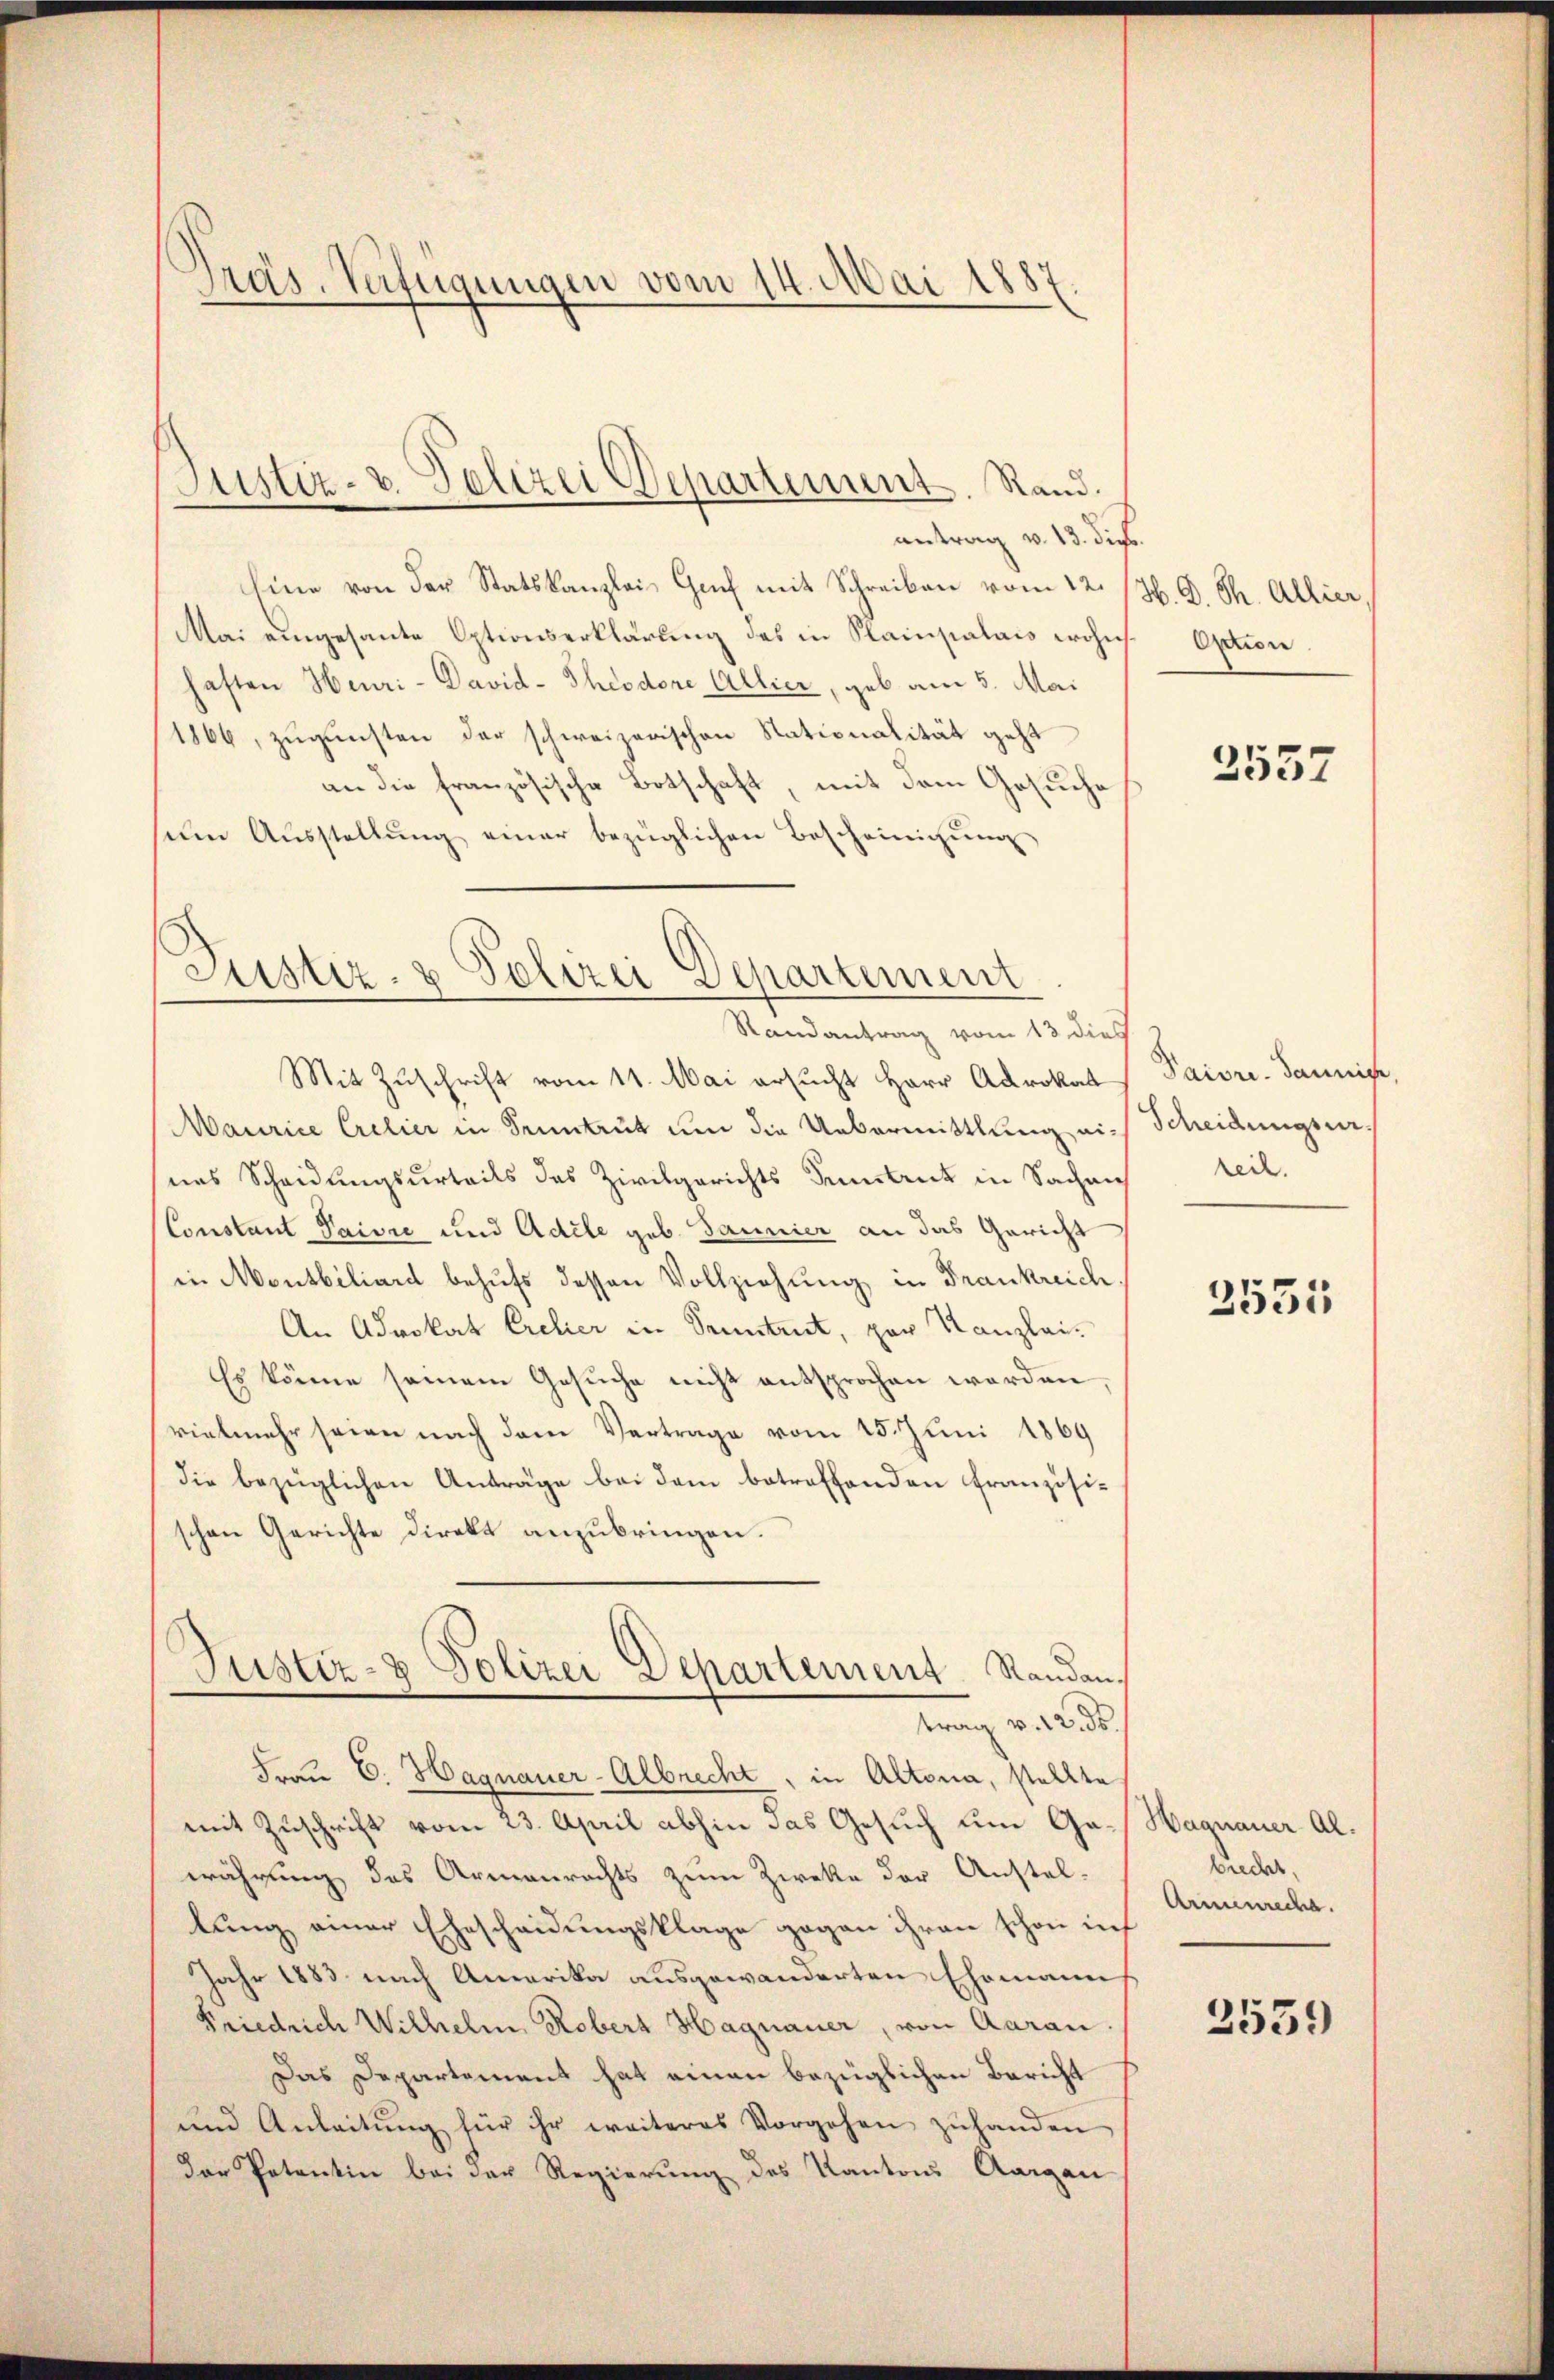
Präs. Verfügungen vom 14. Mai 1887.

antrag v. 13. dich.
line von der Statskanzlei Gach mit Schreiben vom 22. /M. D. Ph. Allier,
Mai eingesante Optionserklärung des in Plainpalais wohes Option
haften Heuri-David-Theodore Allier, geb. am 5. Mai
1866, zŭgŭnsten der schweizerischen Stationalität geht
an die französische Botschaft, mit dem Gesuche
seim Aŭsstellŭng einer bezüglichen Bescheinigŭng

Justiz- u. Polizei Departement. Rand.

Justiz- & Polizei Departement

Randantrag vom 13 dies
Mit Zuschrift vom 11. Mai ersucht Herr Adrokat
Maurice Crelier in Sonntrut um die Uebermittlung auch
eas Scheidungsurteils das Zivilgerichts Sentrut in Sachen
Constant Paivić und Adele geb. Bannier an das Gericht
in Montbiliard behufs dessen Vollziehung in Frankreich.
An Advokat Cretier in Seitet, par Kanzlei-
Es könne seinem Gesuche nicht entsprochen worden,
vielmehr seien nach dem Vertrage vom 15. Juni 1869
die bezüglichen Anträge bei dem betreffenden Französischen Gerichte direkt anzubringen.
Justiz- & Polizei Departement Randantrag v. 12. ds.
Frau C. Hagnauer-Albrecht, in Altona, stellte
mit Zuschrift vom 23. April abhin das Gesuch um Gawährung des Armenrechts zum Zwecke der Anstellung einer Ehescheidungsklage gegen ihren schon in
Jahr 1883 nach Amerika ausgewanderten Ehemann
Friedrich Wilhelm Robert Hagnauer, von Aarau.
Das Departement hat einen bezüglichen Bericht
und Anleitŭng für ihr weiteres Vorgehen zŭ handen
der Petentin bei der Regierung des Kantons Aargau

2557

Paiore-Bannige,
Scheidungsur.
teil.

2531

Hagnauer Al.
brecht,
Armenreche.

2559